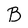
Character: B